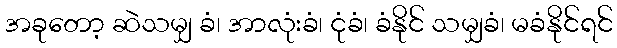
အခုတော့ ဆဲသမျှ ခံ၊ အာလုံးခံ၊ ငုံခံ၊ ခံနိုင် သမျှခံ၊ မခံနိုင်ရင်